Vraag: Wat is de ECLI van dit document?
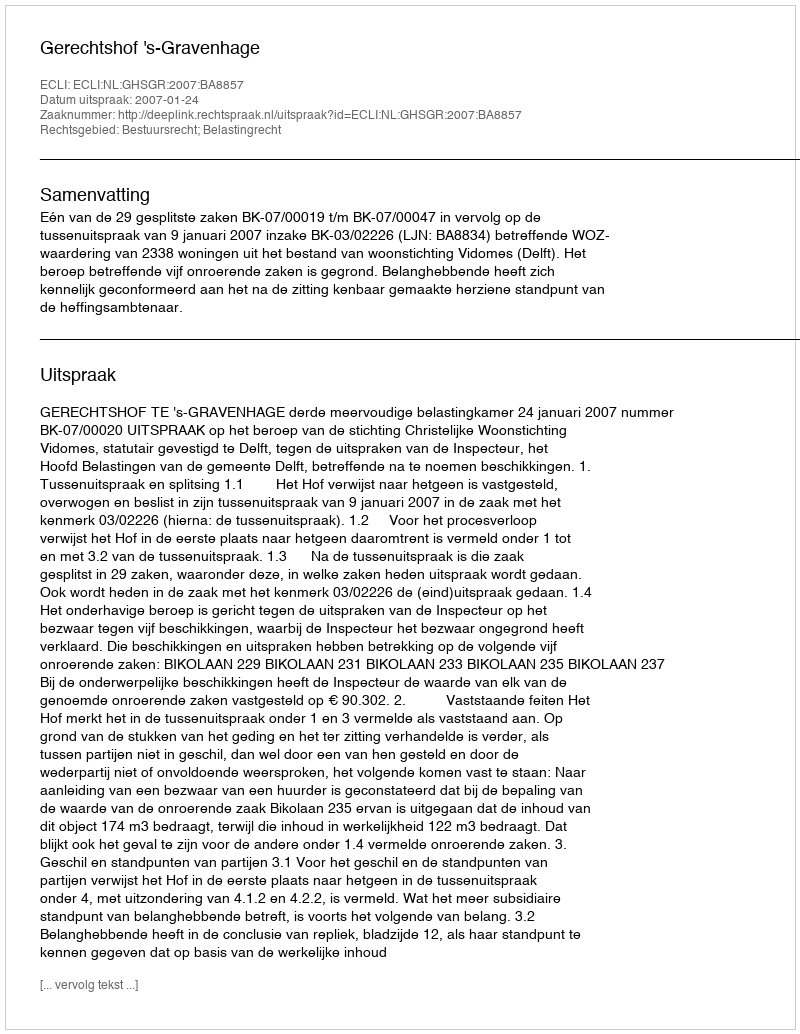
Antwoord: ECLI:NL:GHSGR:2007:BA8857